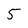
Character: 5